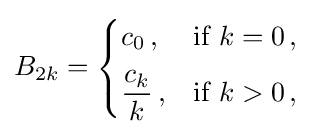
B_{2k}={\begin{cases}c_{0}\,,&{\text{if }}k=0\,,\\[5px]{\dfrac {c_{k}}{k}}\,,&{\text{if }}k>0\,,\end{cases}}